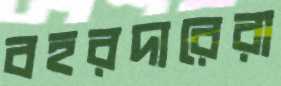
বহরদারেরা